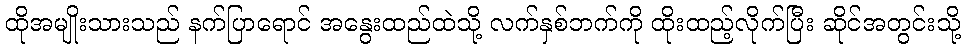
ထိုအမျိုးသားသည် နက်ပြာရောင် အနွေးထည်ထဲသို့ လက်နှစ်ဘက်ကို ထိုးထည့်လိုက်ပြီး ဆိုင်အတွင်းသို့